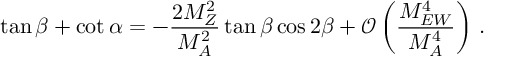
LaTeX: \tan \beta + \cot \alpha = - \frac { 2 M _ { Z } ^ { 2 } } { M _ { A } ^ { 2 } } \tan \beta \cos 2 \beta + \mathcal { O } \left( \frac { M _ { E W } ^ { 4 } } { M _ { A } ^ { 4 } } \right) \, .